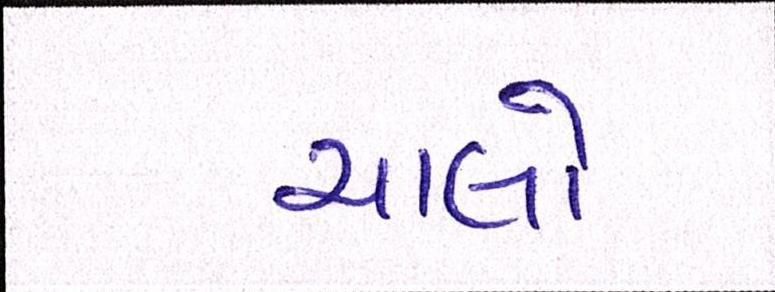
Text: ચાલો